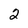
Character: 2